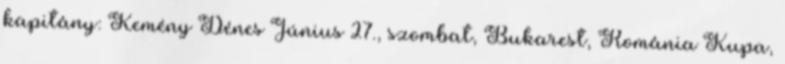
kapitány: Kemény Dénes Június 27., szombat, Bukarest, Románia Kupa,